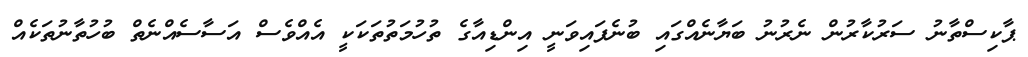
ޕާކިސްތާނު ސަރުކާރުން ނެރުނު ބަޔާނެއްގައި ބުނެފައިވަނީ އިންޑިއާގެ ތުހުމަތުތަކަކީ އެއްވެސް އަސާސެއްނެތް ބުހުތާނުތަކެއް